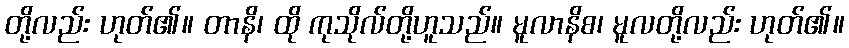
တို့လည်း ဟုတ်၏။ တာနိ၊ ထို ကုသိုလ်တို့ဟူသည်။ မူလာနိစ၊ မူလတို့လည်း ဟုတ်၏။